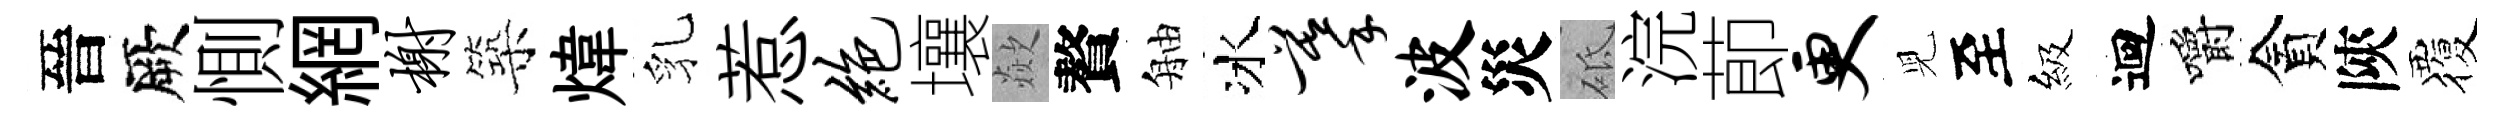
晉厥惻網榭築煒乳惹绝壤歘贅舳冰摹波災砥浣莭更児至級迴嚼貪陝覆